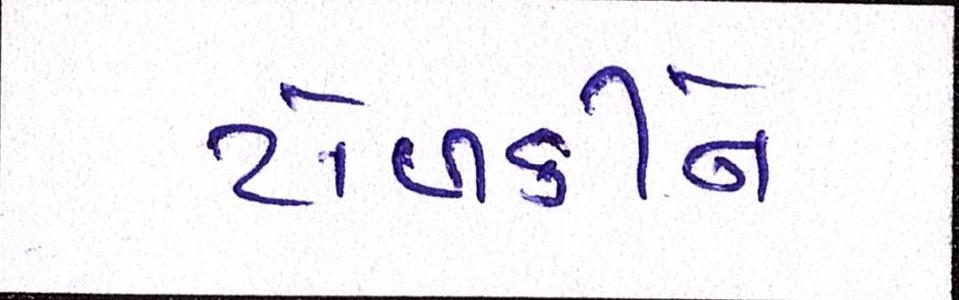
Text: ટોળકીને